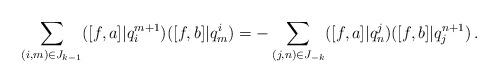
LaTeX: \begin{align*}\sum_{(i,m)\in J_{k-1}} ([f,a]|q^{m+1}_i)([f,b]|q^i_m)=-\sum_{(j,n)\in J_{-k}}([f,a]|q^j_n)([f,b]|q^{n+1}_j)\,.\end{align*}